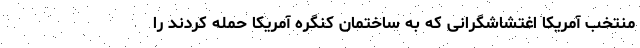
منتخب آمریکا اغتشاشگرانی که به ساختمان کنگره آمریکا حمله کردند را